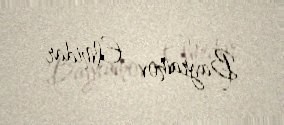
Bayramov Elmidar